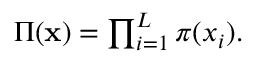
\begin{array} { r } { \Pi ( \mathbf { x } ) = \prod _ { i = 1 } ^ { L } \pi ( x _ { i } ) . } \end{array}